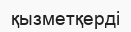
қызметқерді